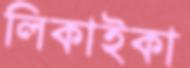
লিকাইকা